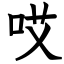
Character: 哎